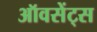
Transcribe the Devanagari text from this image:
ऑवसेंट्स